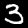
Digit: 3